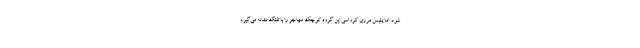
شود. اما پلیس مرزی کرواسی این گروه کوچک مهاجر را با تفنگ نشانه می‌گیرد